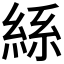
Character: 𮈔